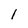
Character: 1